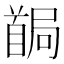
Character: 𩠧